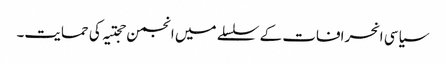
سیاسی انحرافات کے سلسلے میں انجمن حجتیہ کی حمایت۔